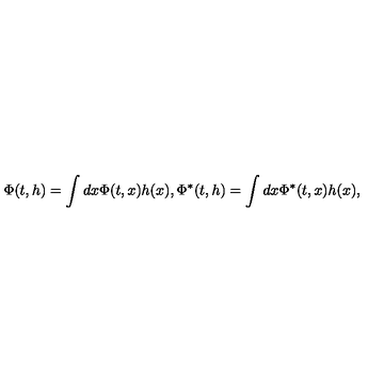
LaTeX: \Phi ( t , h ) = \int d x \Phi ( t , x ) h ( x ) , \Phi ^ { * } ( t , h ) = \int d x \Phi ^ { * } ( t , x ) h ( x ) ,